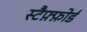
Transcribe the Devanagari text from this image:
स्टैफ़्फ़ोर्ड